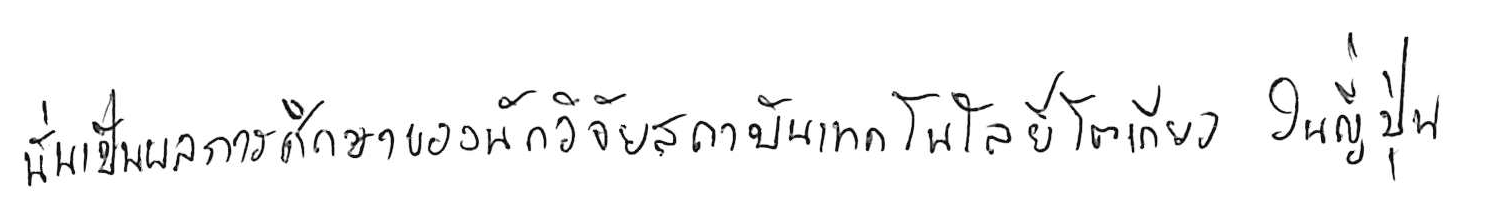
นั่นเป็นผลการศึกษาของนักวิจัยสถาบันเทคโนโลยีโตเกียว ในญี่ปุ่น